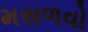
મસળવો